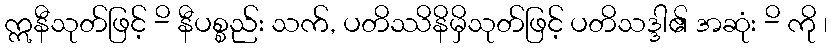
ဣနီသုတ်ဖြင့် -ိ နီပစ္စည်း သက်, ပတိဿိနိမှိသုတ်ဖြင့် ပတိသဒ္ဒါ၏ အဆုံး -ိ ကို ၊